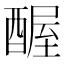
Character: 𬪱